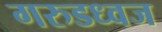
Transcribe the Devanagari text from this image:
गरुडध्वज